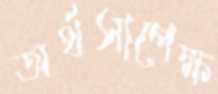
অর্থসাপেক্ষ